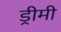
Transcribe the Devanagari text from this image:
ड्रीमी